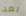
بعد